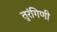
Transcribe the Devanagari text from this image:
तुरंगिणी